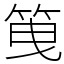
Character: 䇩